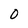
Character: 0